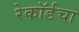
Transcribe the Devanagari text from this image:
रेकॉर्डचा